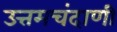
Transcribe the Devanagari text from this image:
उत्तमचंदाणी